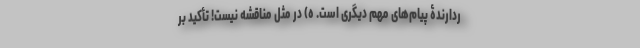
ردارندۀ پیام‌هایِ مهم دیگری است. ه) در مثل مناقشه نیست! تأکید بر